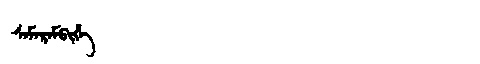
Manchu: ᠰᠠᠮᠠᡵᠠᠮᠪᡳᡥᡝ
Romanization: SAMARAMBIHE